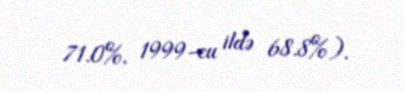
71.0%, 1999-cu ildə 68.8%).